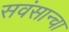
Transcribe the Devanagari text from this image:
सवंसान्चा